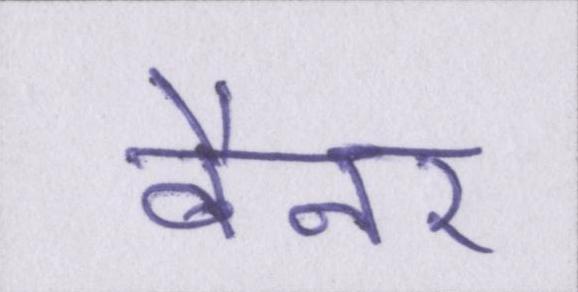
बैनर